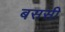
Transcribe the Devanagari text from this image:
बससी